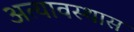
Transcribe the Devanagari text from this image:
अत्यावस्थास